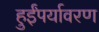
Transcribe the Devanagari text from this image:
हुईंपर्यावरण